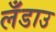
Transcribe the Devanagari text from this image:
लँडाउ